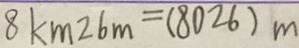
8 k m 2 6 m = ( 8 0 2 6 ) m